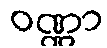
ဝဏ္ဏာ